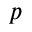
p